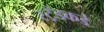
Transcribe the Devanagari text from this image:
स्ट्रँडकडे